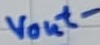
Text: vout-